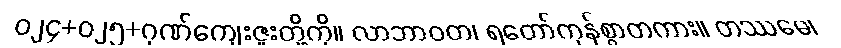
ဝ၂၄+၀၂၅+ဂုဏ်ကျေးဇူးတို့ကို။ လာဘာဝတ၊ ရတော်ကုန်စွာတကား။ တဿမေ၊